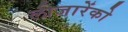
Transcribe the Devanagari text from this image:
लीजारेंको